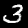
Label: 3